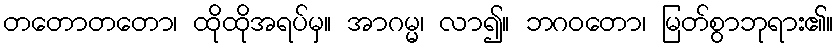
တတောတတော၊ ထိုထိုအရပ်မှ။ အာဂမ္မ၊ လာ၍။ ဘဂဝတော၊ မြတ်စွာဘုရား၏။